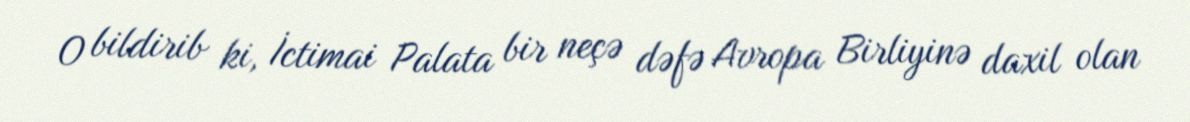
O bildirib ki, İctimai Palata bir neçə dəfə Avropa Birliyinə daxil olan